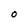
Character: O